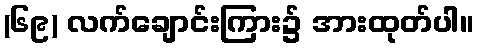
(၆၉) လက်ချောင်းကြား၌ အားထုတ်ပါ။